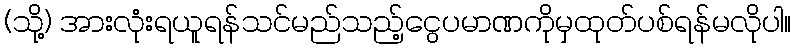
(သို့) အားလုံးရယူရန်သင်မည်သည့်ငွေပမာဏကိုမှထုတ်ပစ်ရန်မလိုပါ။